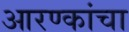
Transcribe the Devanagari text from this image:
आरण्कांचा